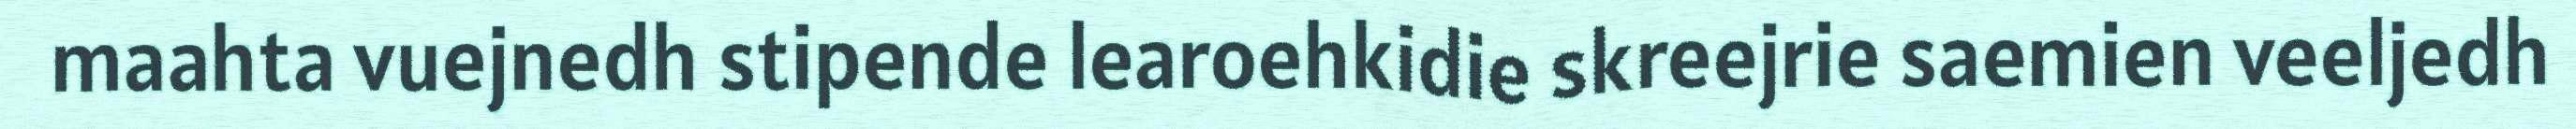
maahta vuejnedh stipende learoehkidie skreejrie saemien veeljedh